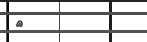
٦